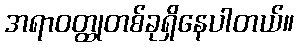
အရာဝတ္ထုတစ်ခုရှိနေပါတယ်။